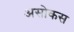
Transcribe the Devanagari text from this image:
असोकस